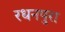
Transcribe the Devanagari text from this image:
रधनपुरा